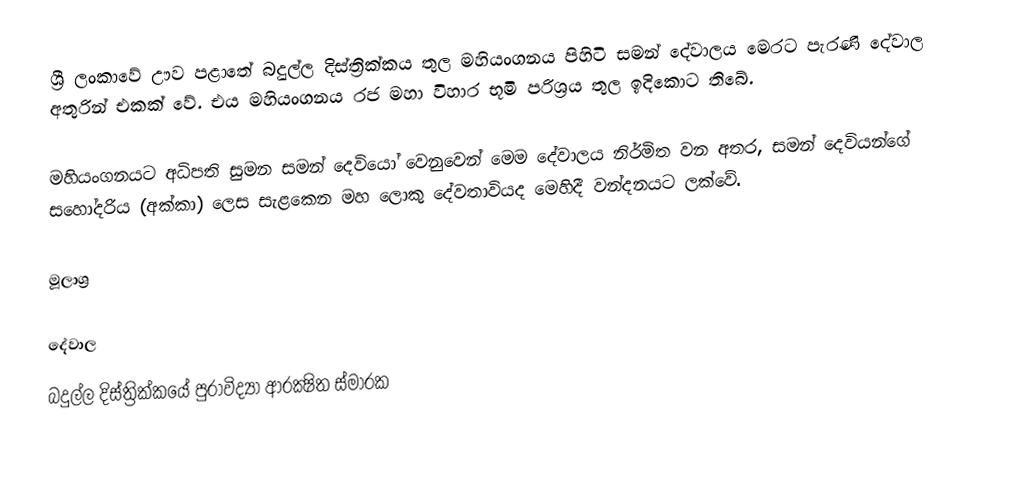
ශ්‍රී ලංකාවේ ඌව පළාතේ බදුල්ල දිස්ත්‍රික්කය තුල මහියංගනය පිහිටි සමන් දේවාලය මෙරට පැරණි දේවාල අතුරින් එකක් වේ. එය මහියංගනය රජ මහා විහාර භූමි පරිශ්‍රය තුල ඉදිකොට තිබේ.

මහියංගනයට අධිපති සුමන සමන් දෙවියෝ වෙනුවෙන් මෙම දේවාලය නිර්මිත වන අතර, සමන් දෙවියන්ගේ සහෝදරිය (අක්කා) ලෙස සැළකෙන මහ ලොකු දේවතාවියද මෙහිදී වන්දනයට ලක්වේ.

මූලාශ්‍ර

දේවාල
බදුල්ල දිස්ත්‍රික්කයේ පුරාවිද්‍යා ආරක්‍ෂිත ස්මාරක